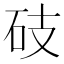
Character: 𥑂